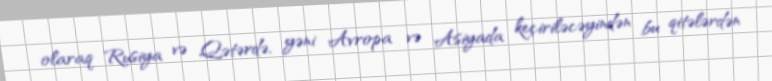
olaraq Rusiya və Qətərdə, yəni Avropa və Asiyada keçiriləcəyindən bu qitələrdən